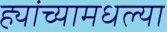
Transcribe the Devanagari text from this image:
ह्यांच्यामधल्या